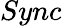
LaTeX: Sync